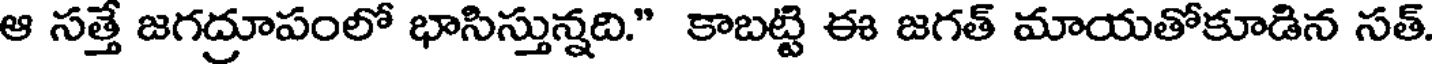
ఆ సత్తే జగద్రూపంలో భాసిస్తున్నది." కాబట్టి ఈ జగత్ మాయతోకూడిన సత్